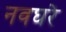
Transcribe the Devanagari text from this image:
नवघरे